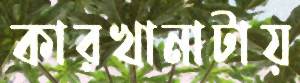
কারখানাটায়